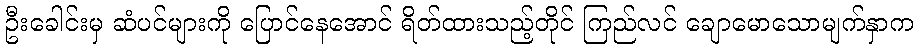
ဦးခေါင်းမှ ဆံပင်များကို ပြောင်နေအောင် ရိတ်ထားသည့်တိုင် ကြည်လင် ချောမောသောမျက်နှာက